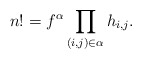
\begin{align*}n!=f^\alpha\prod_{(i,j)\in \alpha}h_{i,j}.\end{align*}